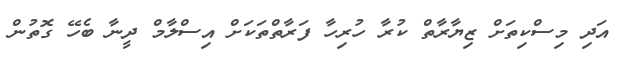
އަދި މިސްކިތަށް ޒިޔާރާތް ކުރާ ހުރިހާ ފަރާތްތަކަށް އިސްލާމް ދީނާ ބެހޭ ގޮތުން